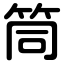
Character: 筒